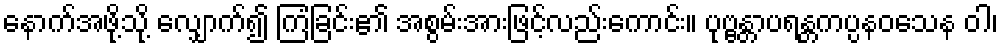
နောက်အဖို့သို့ လျှောက်၍ ကြံခြင်း၏ အစွမ်းအားဖြင့်လည်းကောင်း။ ပုဗ္ဗန္တာပရန္တကပ္ပနဝသေန ဝါ၊